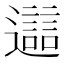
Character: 𨘔